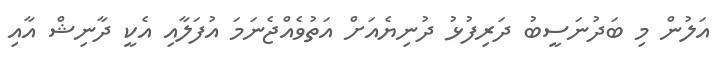
އަލުން މި ބަދުނަސީބު ދަރިފުޅު ދުނިޔެއަށް އަތުވެއްޖެނަމަ އުފަލާއި އެކީ ދާނިޝް އާއި